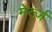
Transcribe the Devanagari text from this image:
मेर्त्ज़